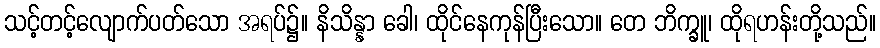
သင့်တင့်လျောက်ပတ်သော အရပ်၌။ နိသိန္နာ ခေါ၊ ထိုင်နေကုန်ပြီးသော။ တေ ဘိက္ခူ၊ ထိုရဟန်းတို့သည်။